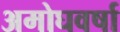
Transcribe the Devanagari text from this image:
अमोघवर्षा